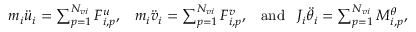
\begin{array} { r } { m _ { i } \ddot { u } _ { i } = \sum _ { p = 1 } ^ { N _ { v i } } F _ { i , p } ^ { u } , \; \; \; m _ { i } \ddot { v } _ { i } = \sum _ { p = 1 } ^ { N _ { v i } } F _ { i , p } ^ { v } , \; \; \; \mathrm { a n d } \; \; \; J _ { i } \ddot { \theta } _ { i } = \sum _ { p = 1 } ^ { N _ { v i } } M _ { i , p } ^ { \theta } , } \end{array}